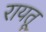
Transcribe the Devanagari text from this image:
रायतू